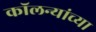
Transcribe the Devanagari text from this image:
कॉलन्यांच्या